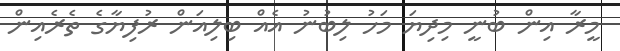
މީރާ އިން ބުނީ މިދިޔަ މަހު ލިބުނު އެއް ބިލިއަން ރުފިޔާގެ ތެރެއިން